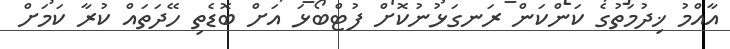
އާއްމު ޚިދުމަތުގެ ކަންކަން ރަނގަޅުނުކޮށް ފުޓްބޯޅަ އަށް ބޮޑެތި ހޭދަތައް ކުރާ ކަމަށް